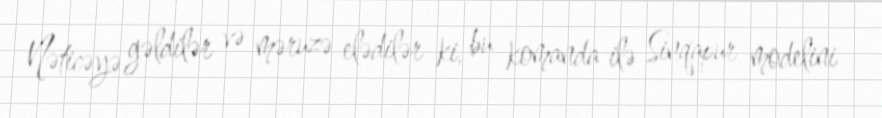
Nəticəyə gəldilər və məruzə elədilər ki, bu komanda ilə Sinqapur modelini